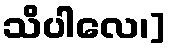
သိပါလေ၊]